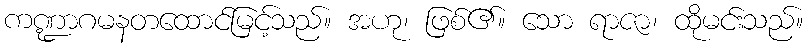
ကဏ္ဍာဂမနတထောင်မြင့်သည်။ အဟု၊ ဖြစ်၏။ သော ရာဇာ၊ ထိုမင်းသည်။